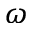
\omega